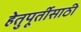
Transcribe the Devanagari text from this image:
हेतुपूर्तीसाठी